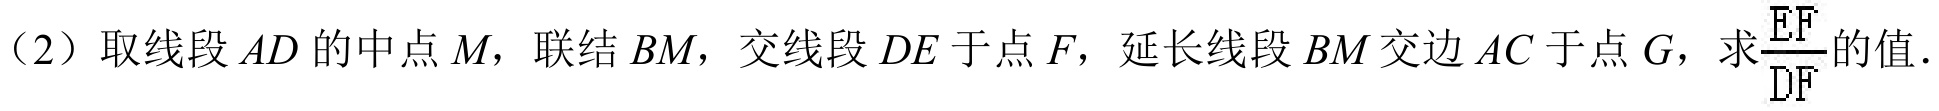
（2）取线段 \(AD\) 的中点 \(M\)，联结 \(BM\)，交线段 \(DE\) 于点 \(F\)，延长线段 \(BM\) 交边 \(AC\) 于点 \(G\)，求\(\frac{EF}{DF}\)的值．